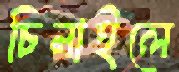
চিনাইলে